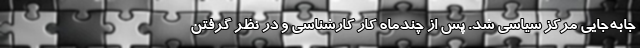
جابه‌جایی مرکز سیاسی شد. پس از چندماه کار کارشناسی و در نظر گرفتن